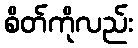
စိတ်ကိုလည်း